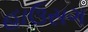
હાઉસગ